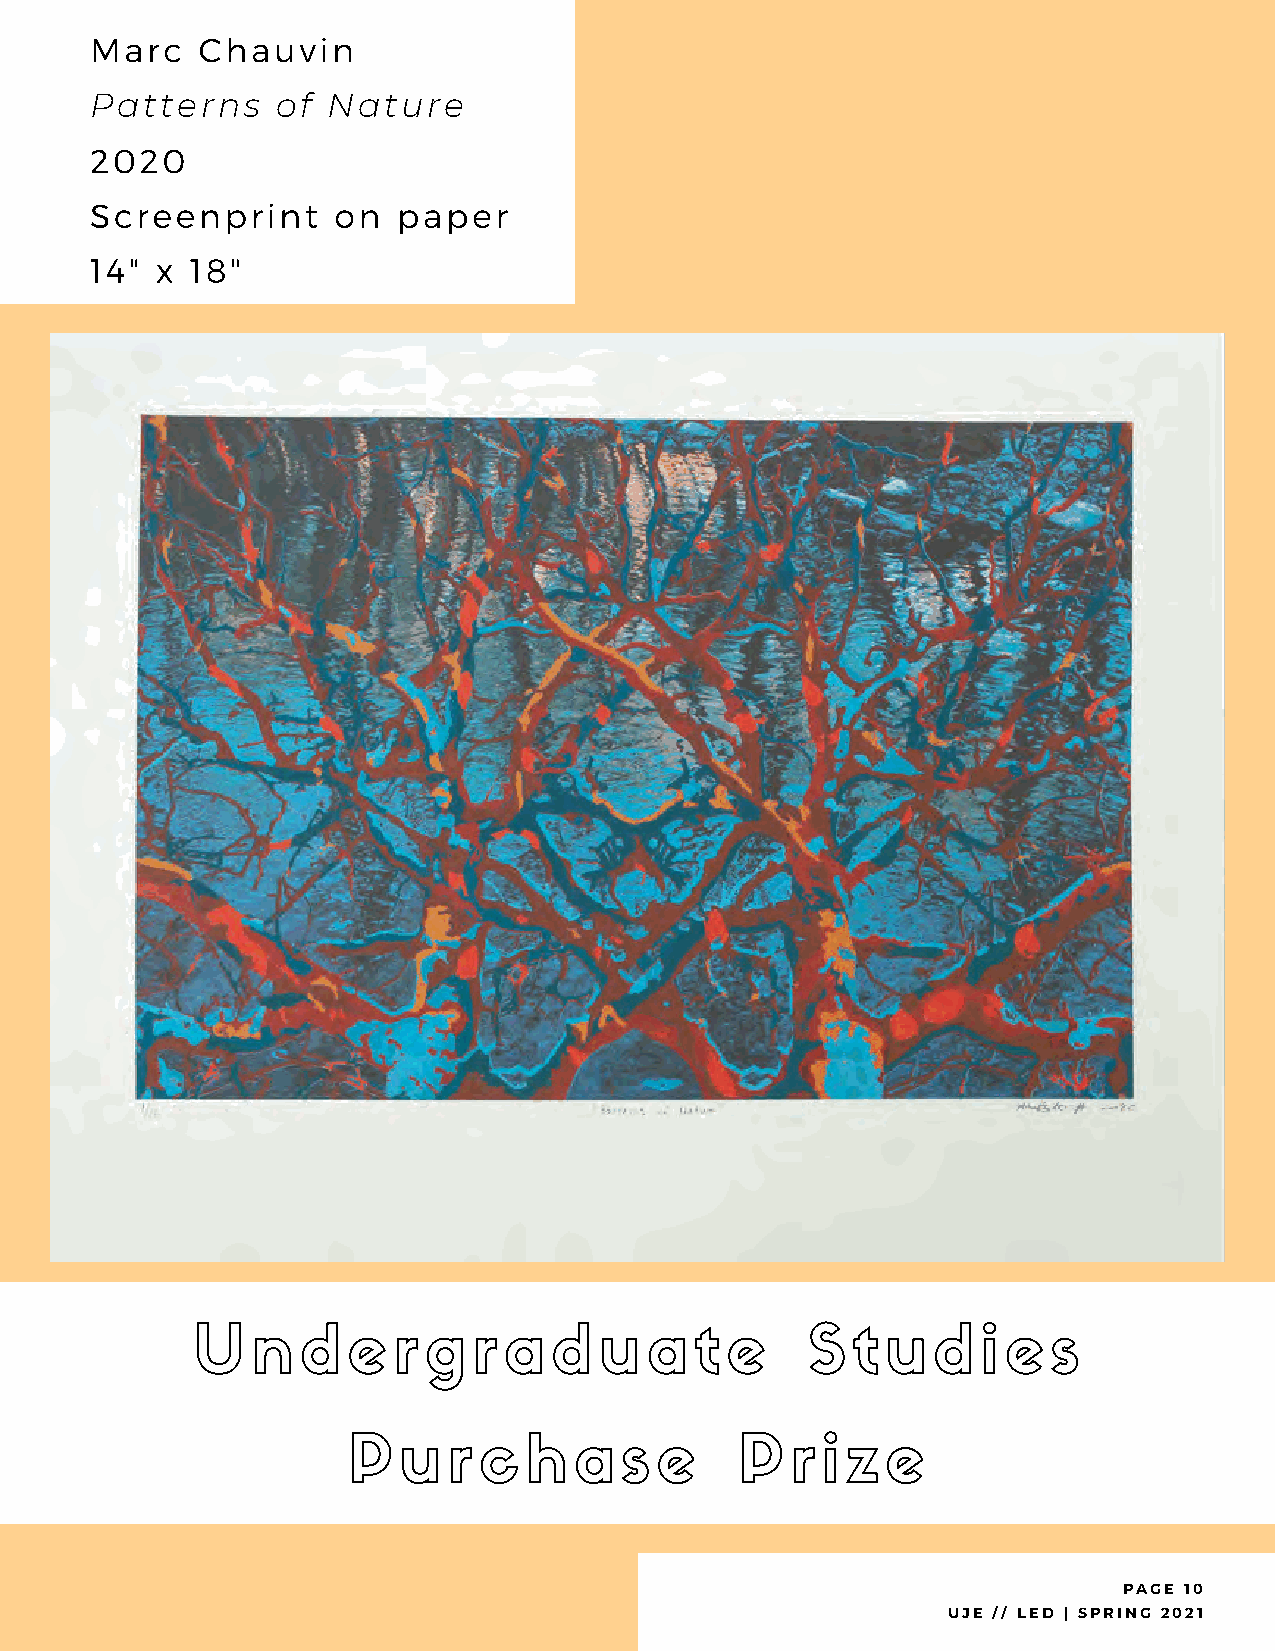
Marc   Chauvin
 Patterns    of  Nature
 2020
 Screenprint     on  paper
 14" x  18"
 U   n  d  e  r g  r a   d  u  a  t e     S  t u  d  i e  s
 P  u   r c  h  a  s e     P  r i z  e
 PAGE 10
 UJE // LED | SPRING 2021